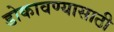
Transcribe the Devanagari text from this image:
डोकावण्यासाठी